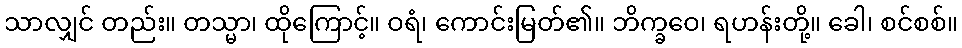
သာလျှင် တည်း။ တသ္မာ၊ ထိုကြောင့်။ ဝရံ၊ ကောင်းမြတ်၏။ ဘိက္ခဝေ၊ ရဟန်းတို့။ ခေါ၊ စင်စစ်။